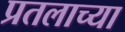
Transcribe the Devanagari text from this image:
प्रतलाच्या